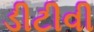
ડીટીવી